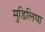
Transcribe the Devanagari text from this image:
मुडिलिया